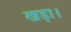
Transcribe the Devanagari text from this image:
खड़ा।